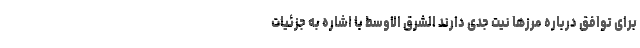
برای توافق درباره مرزها نیت جدی دارند الشرق الاوسط با اشاره به جزئیات